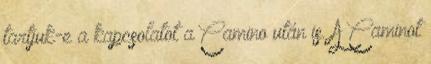
tartjuk-e a kapcsolatot a Camino után is. A Caminot